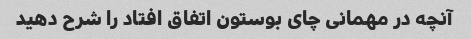
آنچه در مهمانی چای بوستون اتفاق افتاد را شرح دهید